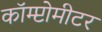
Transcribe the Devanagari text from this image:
कॉम्प्टोमीटर